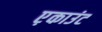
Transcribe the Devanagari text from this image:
ए़काउंट